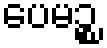
ပေမဉ္စ